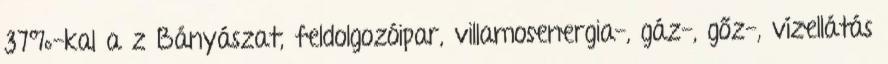
37%-kal a z Bányászat, feldolgozóipar, villamosenergia-, gáz-, gőz-, vízellátás